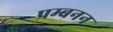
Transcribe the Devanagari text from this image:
प्रम्बनन